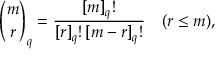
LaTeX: { \binom { m } { r } } _ { q } = { \frac { [ m ] _ { q } ! } { [ r ] _ { q } ! \, [ m - r ] _ { q } ! } } \quad ( r \leq m ) ,